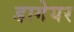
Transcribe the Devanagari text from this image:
डागेयर